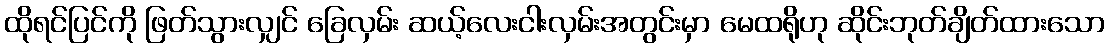
ထိုရင်ပြင်ကို ဖြတ်သွားလျှင် ခြေလှမ်း ဆယ့်လေးငါးလှမ်းအတွင်းမှာ မေထရိုဟု ဆိုင်းဘုတ်ချိတ်ထားသော